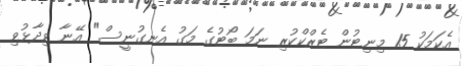
އެކަމަކު 15 މިނިޓުން ޓެރްކްކުރި ނަމަ ބޯޓުގެ މަގު އެނގުނީސް" އޭނާ ވިދާޅުވި